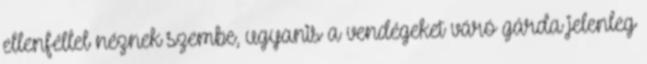
ellenféllel néznek szembe, ugyanis a vendégeket váró gárda jelenleg